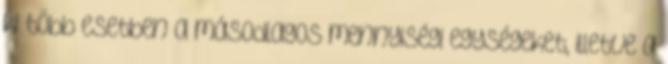
ki több esetben a másodlagos mennyiségi egységeket, illetve a